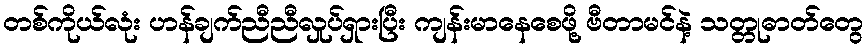
တစ်ကိုယ်လုံး ဟန်ချက်ညီညီလှုပ်ရှားပြီး ကျန်းမာနေစေဖို့ ဗီတာမင်နဲ့ သတ္တုဓာတ်တွေ